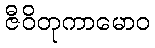
ဇီဝိတုကာမောဝ